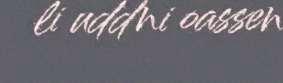
li uddni oassen